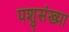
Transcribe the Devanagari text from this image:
पशुसंख्या